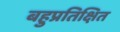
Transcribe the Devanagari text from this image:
बहुप्रतिक्षित